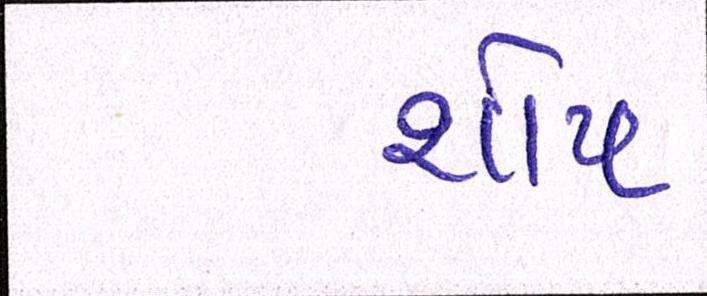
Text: શોપ